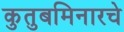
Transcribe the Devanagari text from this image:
कुतुबमिनारचे